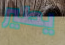
يطير